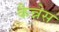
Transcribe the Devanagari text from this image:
कैन्नेस